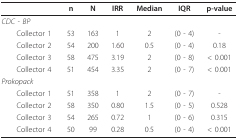
<table><thead><tr><td></td><td><b>n</b></td><td><b>N</b></td><td><b>IRR</b></td><td><b>Median</b></td><td><b>IQR</b></td><td><b>p-value</b></td></tr></thead><tbody><tr><td><i>CDC - BP</i></td><td></td><td></td><td></td><td></td><td></td><td></td></tr><tr><td> Collector 1</td><td>53</td><td>163</td><td>1</td><td>2</td><td>(0 - 4)</td><td>-</td></tr><tr><td> Collector 2</td><td>54</td><td>200</td><td>1.60</td><td>0.5</td><td>(0 - 4)</td><td>0.18</td></tr><tr><td> Collector 3</td><td>58</td><td>475</td><td>3.19</td><td>2</td><td>(0 - 8)</td><td>&lt; 0.001</td></tr><tr><td> Collector 4</td><td>51</td><td>454</td><td>3.35</td><td>2</td><td>(0 - 7)</td><td>&lt; 0.001</td></tr><tr><td><i>Prokopack</i></td><td></td><td></td><td></td><td></td><td></td><td></td></tr><tr><td> Collector 1</td><td>51</td><td>358</td><td>1</td><td>2</td><td>(0 - 7)</td><td>-</td></tr><tr><td> Collector 2</td><td>58</td><td>350</td><td>0.80</td><td>1.5</td><td>(0 - 5)</td><td>0.528</td></tr><tr><td> Collector 3</td><td>54</td><td>265</td><td>0.72</td><td>1</td><td>(0 - 6)</td><td>0.315</td></tr><tr><td> Collector 4</td><td>50</td><td>99</td><td>0.28</td><td>0.5</td><td>(0 - 4)</td><td>&lt; 0.001</td></tr></tbody></table>